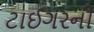
ટાઈગરની